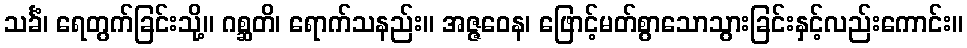
သင်္ခံ၊ ရေတွက်ခြင်းသို့။ ဂစ္ဆတိ၊ ရောက်သနည်း။ အဇ္ဇဝေန၊ ဖြောင့်မတ်စွာသောသွားခြင်းနှင့်လည်းကောင်း။